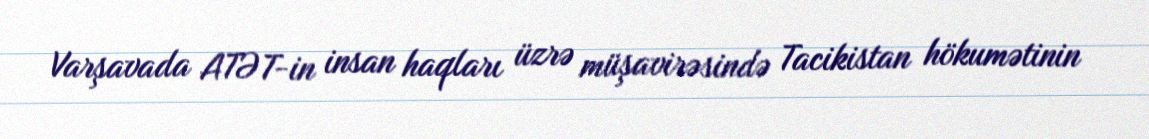
Varşavada ATƏT-in insan haqları üzrə müşavirəsində Tacikistan hökumətinin